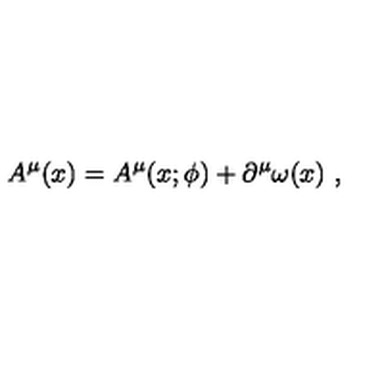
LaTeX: A ^ { \mu } ( x ) = A ^ { \mu } ( x ; \phi ) + \partial ^ { \mu } \omega ( x ) \ ,